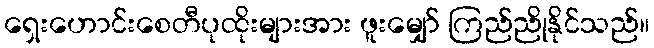
ရှေးဟောင်းစေတီပုထိုးများအား ဖူးမျှော် ကြည်ညိုနိုင်သည်။